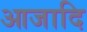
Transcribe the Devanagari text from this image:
आजादि